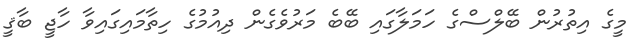
މީގެ އިތުރުން ބޭލްސްގެ ހަމަލާގައި ބޭބެ މަރުވެގެން ދިއުމުގެ ހިތާމައިގައިވާ ހާޖީ ބާޤީ